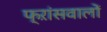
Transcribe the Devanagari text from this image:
फ्ऱांसवालों